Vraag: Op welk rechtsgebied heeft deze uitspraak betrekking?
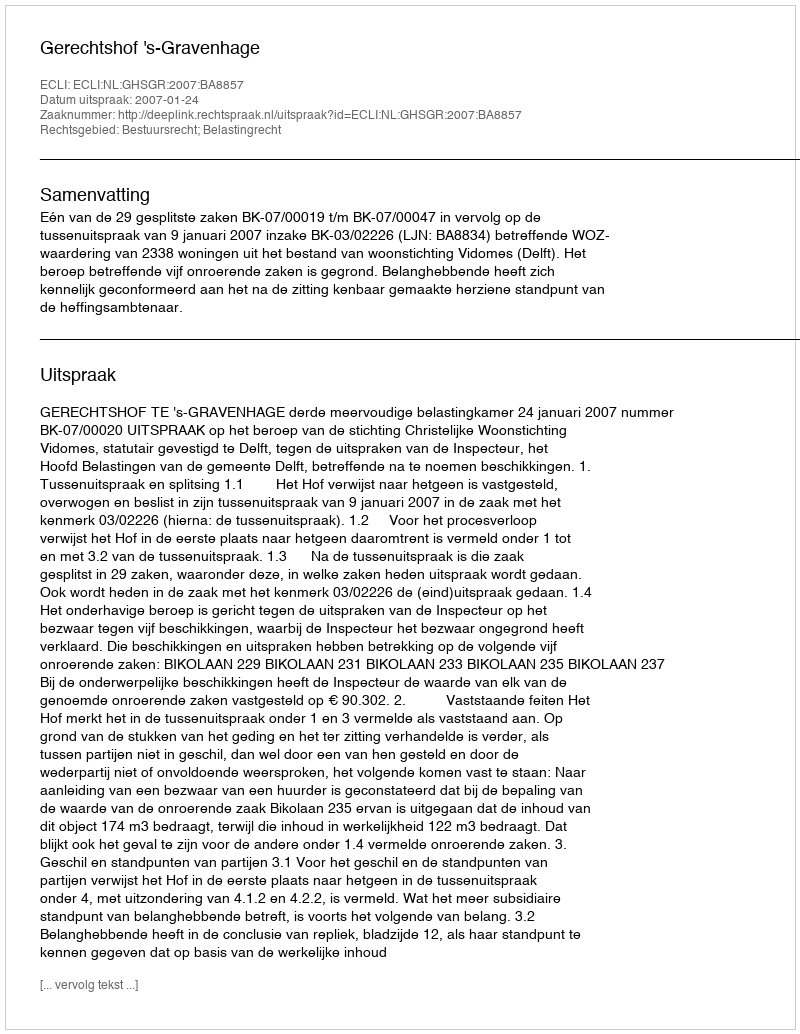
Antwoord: Bestuursrecht; Belastingrecht